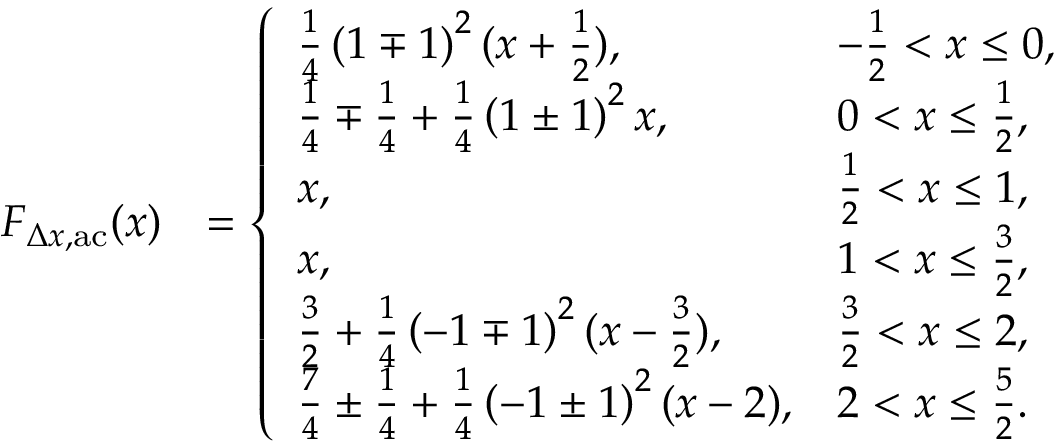
\begin{array} { r l } { F _ { \Delta x , \mathrm { a c } } ( x ) } & { = \left\{ \begin{array} { l l } { \frac { 1 } { 4 } \left( 1 \mp 1 \right) ^ { 2 } ( x + \frac { 1 } { 2 } ) , } & { - \frac { 1 } { 2 } < x \leq 0 , } \\ { \frac { 1 } { 4 } \mp \frac { 1 } { 4 } + \frac { 1 } { 4 } \left( 1 \pm 1 \right) ^ { 2 } x , } & { 0 < x \leq \frac { 1 } { 2 } , } \\ { x , } & { \frac { 1 } { 2 } < x \leq 1 , } \\ { x , } & { 1 < x \leq \frac { 3 } { 2 } , } \\ { \frac { 3 } { 2 } + \frac { 1 } { 4 } \left( - 1 \mp 1 \right) ^ { 2 } ( x - \frac { 3 } { 2 } ) , } & { \frac { 3 } { 2 } < x \leq 2 , } \\ { \frac { 7 } { 4 } \pm \frac { 1 } { 4 } + \frac { 1 } { 4 } \left( - 1 \pm 1 \right) ^ { 2 } ( x - 2 ) , } & { 2 < x \leq \frac { 5 } { 2 } . } \end{array} \right. } \end{array}